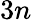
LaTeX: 3n